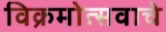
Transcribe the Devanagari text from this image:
विक्रमोत्सवाचे